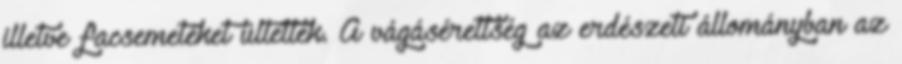
illetve facsemetéket ültettek. A vágásérettség az erdészeti állományban az